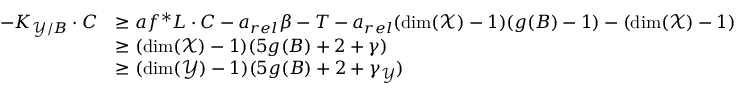
\begin{array} { r l } { - K _ { \mathcal { Y } / B } \cdot C } & { \geq a f ^ { * } L \cdot C - a _ { r e l } \beta - T - a _ { r e l } ( \dim ( \mathcal { X } ) - 1 ) ( g ( B ) - 1 ) - ( \dim ( \mathcal { X } ) - 1 ) } \\ & { \geq ( \dim ( \mathcal { X } ) - 1 ) ( 5 g ( B ) + 2 + \gamma ) } \\ & { \geq ( \dim ( \mathcal { Y } ) - 1 ) ( 5 g ( B ) + 2 + \gamma _ { \mathcal { Y } } ) } \end{array}